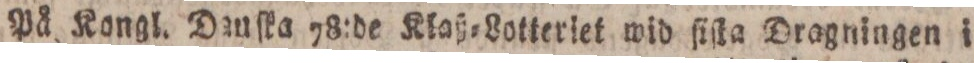
På Kongl. Danſka 78:de Klaß=Lotteriet wid ſiſta Dragningen i